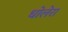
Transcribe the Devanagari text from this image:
धोलेरा